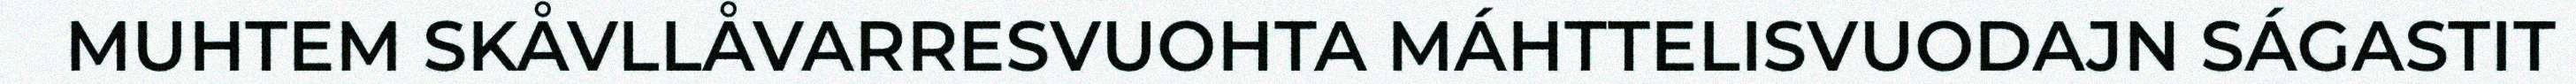
MUHTEM SKÅVLLÅVARRESVUOHTA MÁHTTELISVUODAJN SÁGASTIT